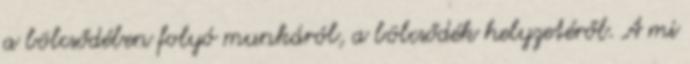
a bölcsődében folyó munkáról, a bölcsődék helyzetéről. A mi